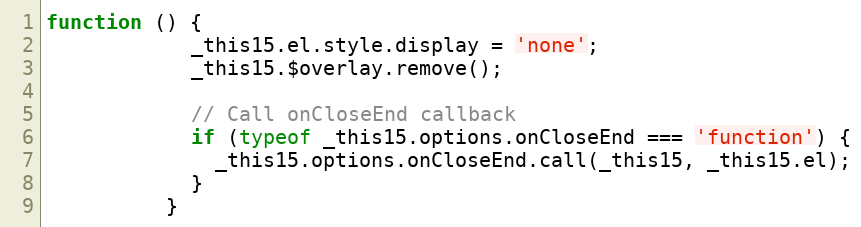
Language: JavaScript
function () {
            _this15.el.style.display = 'none';
            _this15.$overlay.remove();

            // Call onCloseEnd callback
            if (typeof _this15.options.onCloseEnd === 'function') {
              _this15.options.onCloseEnd.call(_this15, _this15.el);
            }
          }